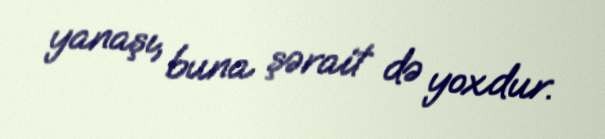
yanaşı, buna şərait də yoxdur.